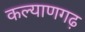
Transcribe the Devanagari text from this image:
कल्याणगढ़